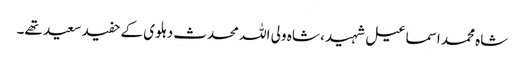
شاہ محمد اسماعیل شہید ، شاہ ولی اللہ محدث دہلوی کے حفید سعید تھے۔